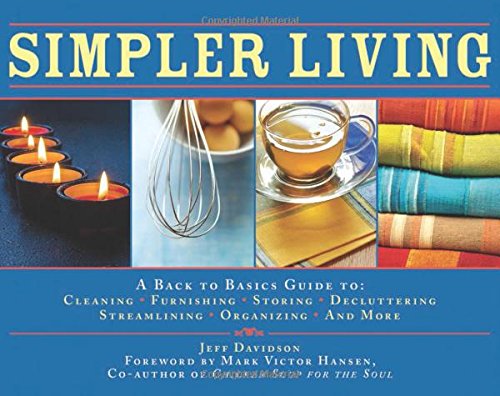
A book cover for Simpler Living: A Back to Basics Guide to Cleaning, Furnishing, Storing, Decluttering, Streamlining, Organizing, and More; Jeff Davidson; Crafts, Hobbies & Home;